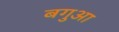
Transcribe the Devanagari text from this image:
बगुआ